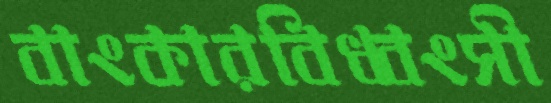
বাংকারবিধ্বংসী